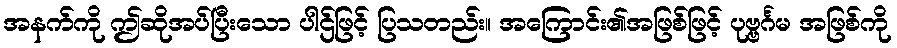
အနက်ကို ဤဆိုအပ်ပြီးသော ပါဌ်ဖြင့် ပြသတည်း။ အကြောင်း၏အဖြစ်ဖြင့် ပုဗ္ဗင်္ဂမ အဖြစ်ကို